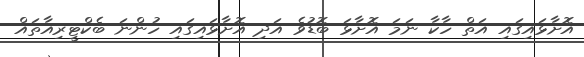
އޮށާޅައިގައި އަތް ހާކާ ނަމަ އޮށާޅަ ބޮޑުވެ އަދި އޮށާޅައިގައި ހުންނަ ބެކްޓީރިއާތައް